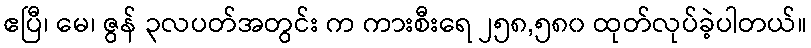
ဧပြီ၊ မေ၊ ဇွန် ၃လပတ်အတွင်း က ကားစီးရေ ၂၅၈,၅၈၀ ထုတ်လုပ်ခဲ့ပါတယ်။